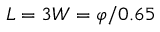
L = 3 W = \varphi / 0 . 6 5